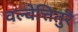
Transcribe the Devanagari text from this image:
वल्वेत्तितुरै